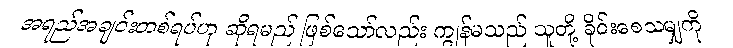
အရည်အချင်းတစ်ရပ်ဟု ဆိုရမည် ဖြစ်သော်လည်း ကျွန်မသည် သူတို့ ခိုင်းစေသမျှကို